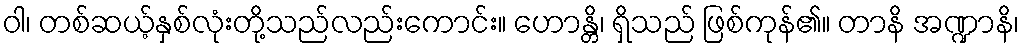
ဝါ၊ တစ်ဆယ့်နှစ်လုံးတို့သည်လည်းကောင်း။ ဟောန္တိ၊ ရှိသည် ဖြစ်ကုန်၏။ တာနိ အဏ္ဍာနိ၊